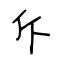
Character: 斥